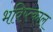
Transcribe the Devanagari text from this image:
भविष्त्काल